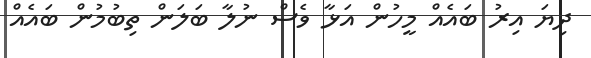
ދިޔަ އިރު ބައެއް މީހުން އަޅާ ވެސް ނުލާ ބަލަން ތިބުމުން ބައެއް